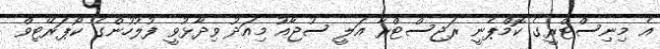
އެ މިނިސްޓްރީގެ ކޮމްޕެނީ ރަޖިސްޓްރާ އަލީ ސުޖާއު މިއަދު ވިދާޅުވީ ފުލުހުންގެ ކޯޕަރޭޓިވް